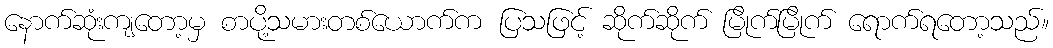
နောက်ဆုံးကျတော့မှ စာပို့သမားတစ်ယောက်က ပြသဖြင့် ဆိုက်ဆိုက် မြိုက်မြိုက် ရောက်ရတော့သည်။